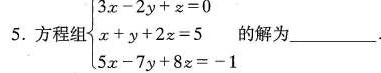
5.方程组$$\begin {cases}